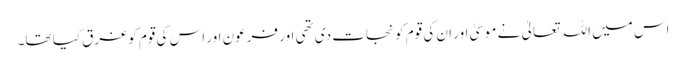
اس میں اللہ تعالیٰ نے موسیٰ اور ان کی قوم کو نجات دی تھی اور فرعون اور اس کی قوم کوغرق کیا تھا۔